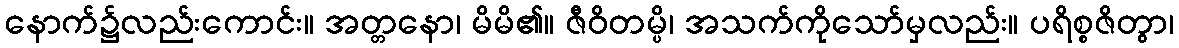
နောက်၌လည်းကောင်း။ အတ္တနော၊ မိမိ၏။ ဇီဝိတမ္ပိ၊ အသက်ကိုသော်မှလည်း။ ပရိစ္စဇိတွာ၊